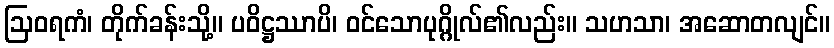
ဩဝရကံ၊ တိုက်ခန်းသို့။ ပဝိဋ္ဌဿာပိ၊ ဝင်သောပုဂ္ဂိုလ်၏လည်း။ သဟသာ၊ အဆောတလျင်။